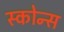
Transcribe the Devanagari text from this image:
स्कोन्स